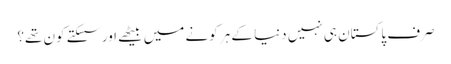
صرف پاکستان ہی نہیں دنیا کے ہر کونے میں بیٹھے اور سسکتے کون تھے؟